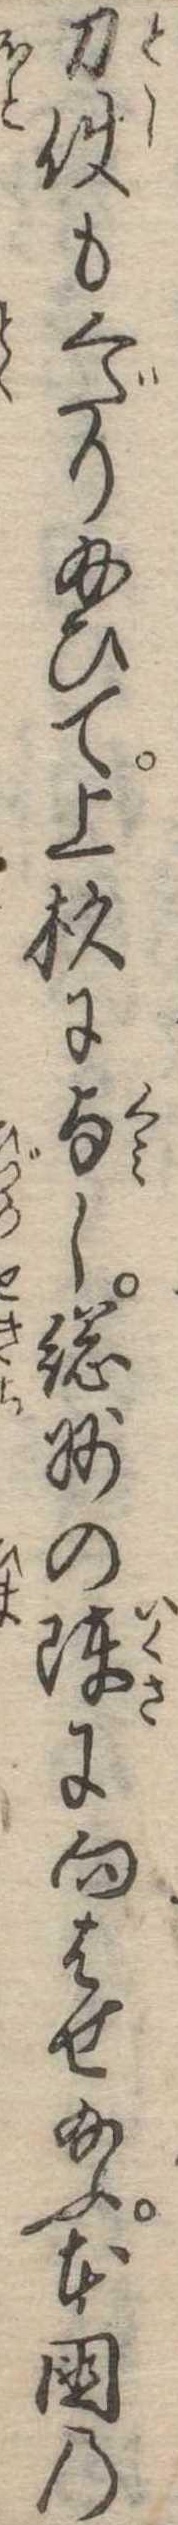
刀使もくだり給ひて上杉に与し総州の陣に向はせ給ふ本国の